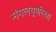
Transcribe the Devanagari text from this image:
मंगलचूर्णरेखा